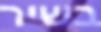
בשיר